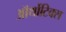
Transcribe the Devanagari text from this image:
ऑर्थोटिक्स